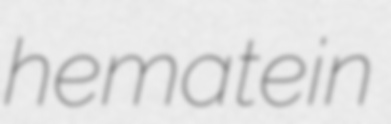
hematein